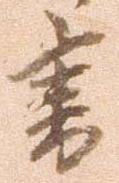
書